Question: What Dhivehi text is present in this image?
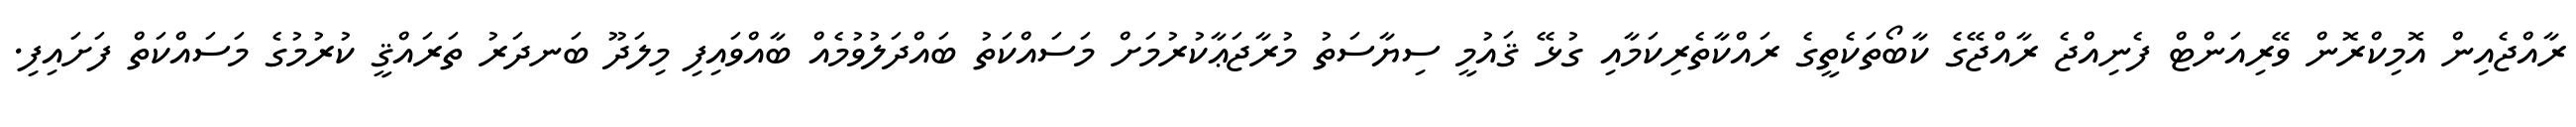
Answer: ރާއްޖެއިން އޮމިކްރޮން ވޭރިއަންޓް ފެނިއްޖެ ރާއްޖޭގެ ކާބޯތަކެތީގެ ރައްކާތެރިކަމާއި ގުޅޭ ޤައުމީ ސިޔާސަތު މުރާޖަޢާކުރުމަށް މަސައްކަތު ބައްދަލުވުމެއް ބާއްވައިފި މިލަދޫ ބަނދަރު ތަރައްޤީ ކުރުމުގެ މަސައްކަތް ފަށައިފި.